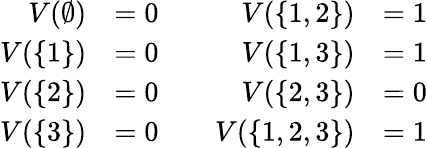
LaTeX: \begin{array}{rlrl}{V(\emptyset)}&{=0}&{\quad V(\{ 1,2\} )}&{=1}\\ {V(\{ 1\} )}&{=0}&{\quad V(\{ 1,3\} )}&{=1}\\ {V(\{ 2\} )}&{=0}&{\quad V(\{ 2,3\} )}&{=0}\\ {V(\{ 3\} )}&{=0}&{\quad V(\{ 1,2,3\} )}&{=1}\end{array}